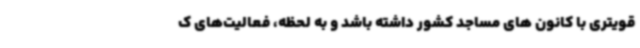
قویتری با کانون های مساجد کشور داشته باشد و به لحظه، فعالیت‌های ک